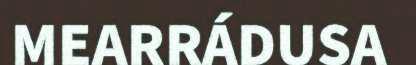
MEARRÁDUSA